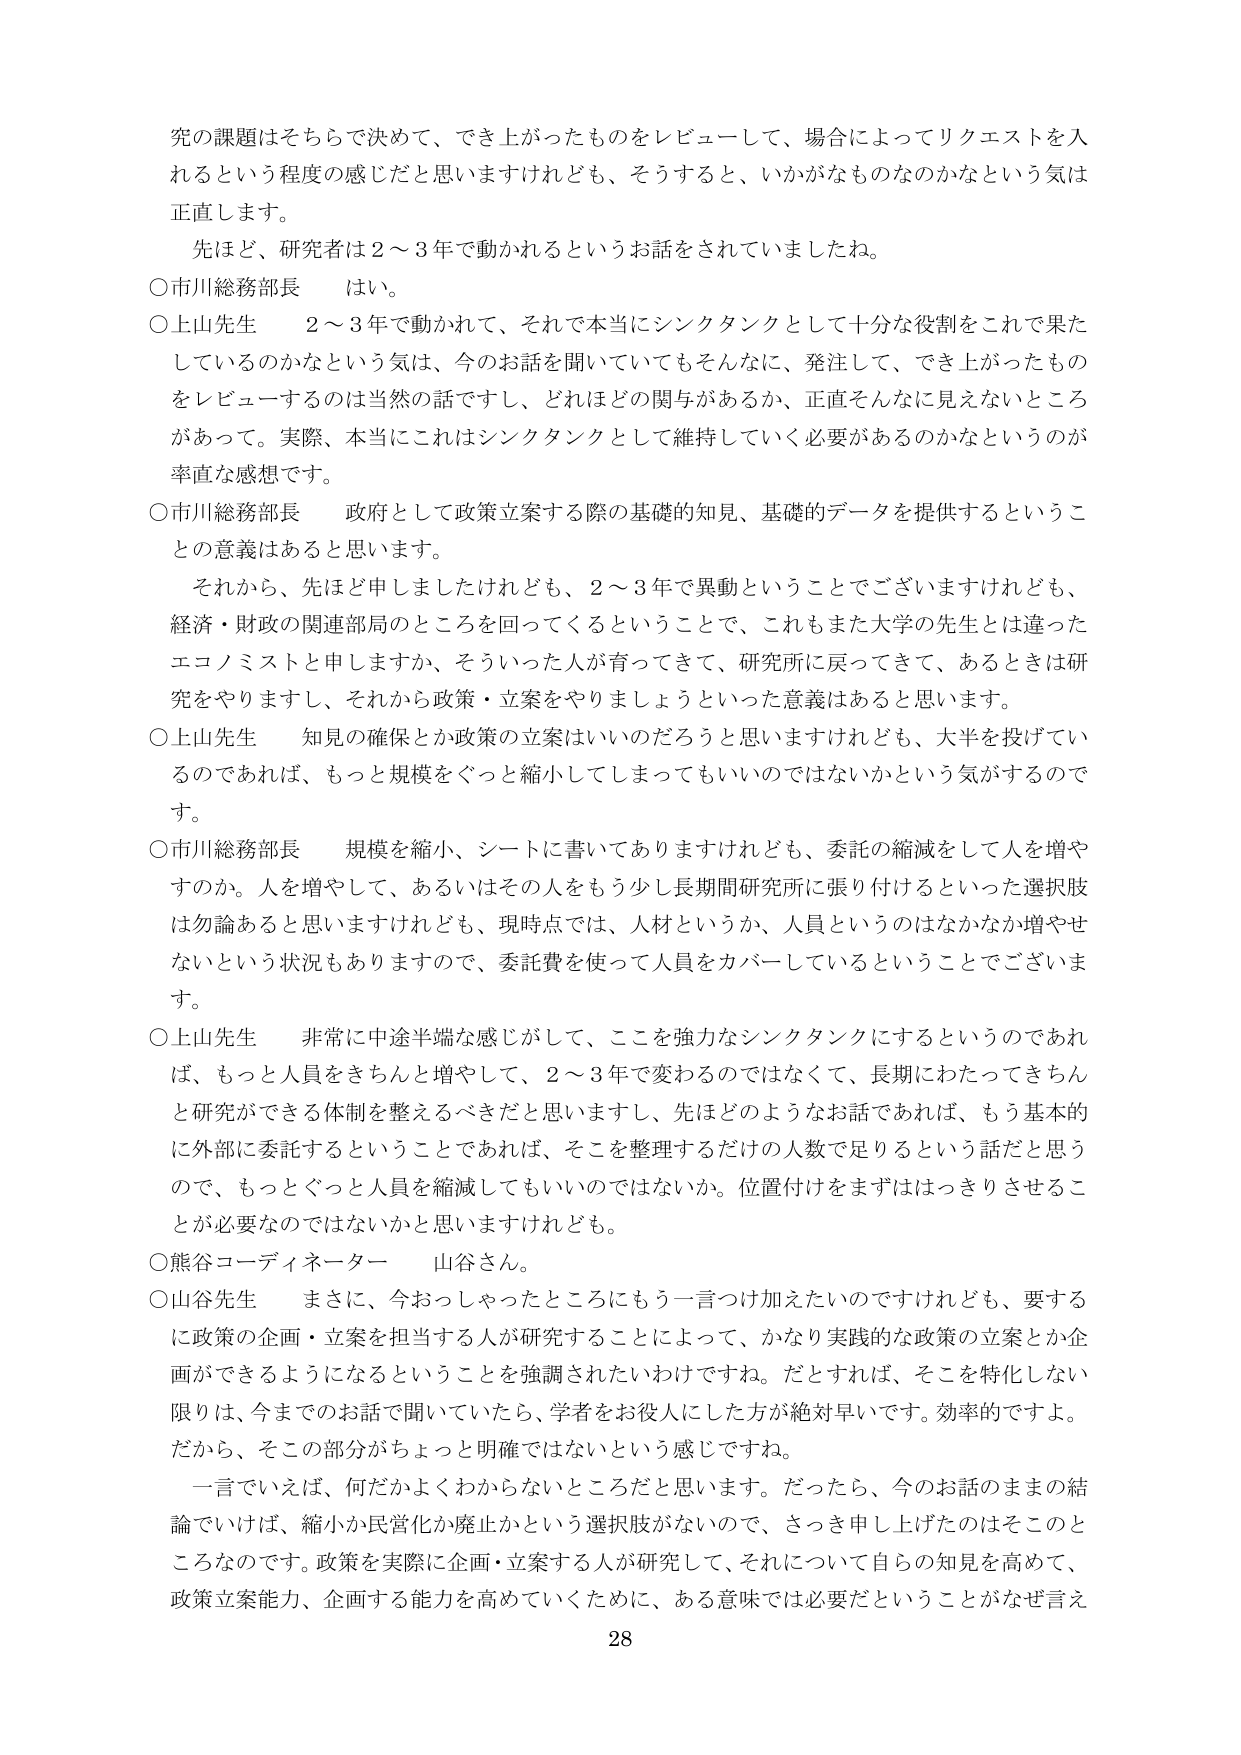
究の課題はそちらで決めて、でき上がったものをレビューして、場合によってリクエストを入れるという程度の感じだと思いますけれども、そうすると、いかがなものなのかなという気は正直します。

先ほど、研究者は２～３年で動かれるというお話をしていましたね。

○市川総務部長　はい。

○上山先生　２～３年で動かれて、それで本当にシンクタンクとして十分な役割をこれで果たしているのかなという気は、今のお話を聞いていてもそんなに、発注して、でき上がったものをレビューするのは当然の話ですし、どれほどの関与があるか、正直そんなに見えないところがあって。実際、本当にこれはシンクタンクとして維持していく必要があるのかなというのが率直な感想です。

○市川総務部長　政府として政策立案する際の基礎的知見、基礎的データを提供するというごとの意義はあると思います。

それから、先ほど申しましたけれども、２～３年で異動ということでございますけれども、経済・財政の関連部局のところを回ってくるということで、これもまた大学の先生とは違ったエコノミストと申しますか、そういった人が育ってきて、研究所に戻ってきて、あるときは研究をやりますし、それから政策・立案をやりましょうといった意義はあると思います。

○上山先生　知見の確保とか政策の立案はいいだろうと思いますけれども、大半を投げているのであれば、もっと規模をぐっと縮小してしまってもいいのではないかという気がするのです。

○市川総務部長　規模を縮小、シートに書いてありますけれども、委託の縮減をして人を増やすのか。人を増やして、あるいはその人をもう少し長期間研究所に張り付けるといった選択肢は勿論あると思いますけれども、現時点では、人材というか、人員というのはなかなか増やせないという状況もありますので、委託費を使って人員をカバーしているということでございます。

○上山先生　非常に中途半端な感じがして、ここを強力なシンクタンクにするというのであれば、もっと人員をきちんと増やして、２～３年で変わるのではなくて、長期にわたってきちんと研究ができる体制を整えるべきだと思いますし、先ほどのようなお話であれば、もう基本的に外部に委託するということであれば、そこを整理するだけの人数で足りるという話だと思うので、もっとぐっと人員を縮減してもいいのではないか。位置付けをまずははっきりさせることが必要なのではないかと思いますけれども。

○熊谷コーディネーター　山谷さん。

○山谷先生　まさに、今おっしゃったところにもう一言つけ加えたいのですけれども、要するに政策の企画・立案を担当する人が研究することによって、かなり実践的な政策の立案とか企画ができるようになるということを強調されたいわけですね。だとすれば、そこを特化しない限りは、今までのお話で聞いていたら、学者をお役人にした方が絶対早いです。効率的ですよ。だから、そこの部分がちょっと明確ではないという感じですね。

一言でいえば、何だかよくわからないところだと思います。だったら、今のお話のままの結論でいけば、縮小か民営化か廃止かという選択肢がないので、さっき申し上げたのはそこのところなのです。政策を実際に企画・立案する人が研究して、それについて自らの知見を高めて、政策立案能力、企画する能力を高めていくために、ある意味では必要だということがなぜ言え

28